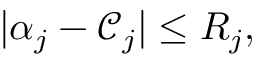
| \alpha _ { j } - \mathcal { C } _ { j } | \le R _ { j } ,